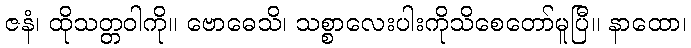
ဇနံ၊ ထိုသတ္တဝါကို။ ဗောဓေသိ၊ သစ္စာလေးပါးကိုသိစေတော်မူပြီ။ နာထော၊